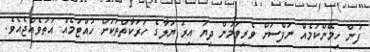
ފުން ހިމޭންކަމެއް ނަފްސަށް ވެރިވަމުން ދިޔަ އިރު ޔަލާގެ ހަރަކާތްތަކަށް ހުއްޓުމެއް އަތުވެއްޖެއެވެ.